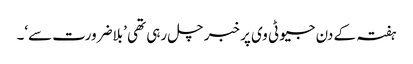
ہفتہ کے دن جیو ٹی وی پر خبر چل رہی تھی ’بلاضرورت سے‘۔